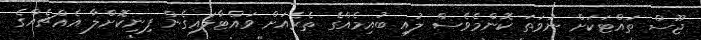
ޖޫސް ތައްޓަކަށް ނުވަތަ ކޮންމެވެސް ލުއި ބުއިމެއްގެ ތެރެއަށް ވައްޓާލައިގެން ފިނިކޮށްލާ އެއްޗެއްގެ